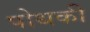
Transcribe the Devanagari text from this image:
पोथकी